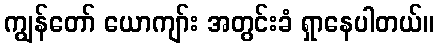
ကျွန်တော် ယောကျာ်း အတွင်းခံ ရှာနေပါတယ်။